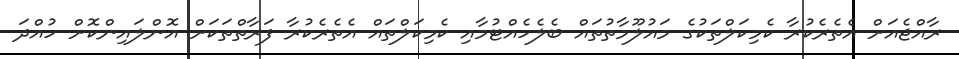
ރާއްޖެއަށް އެތެރެކުރާ ކެމިކަލްތަކުގެ މައުލޫމާތުތައް ބެލެހެއްޓުމާއި ކެމިކަލްތައް އެތެރެކުރާ ފަރާތްތަކަށް އޮންލައިންކޮށް ހުއްދަ